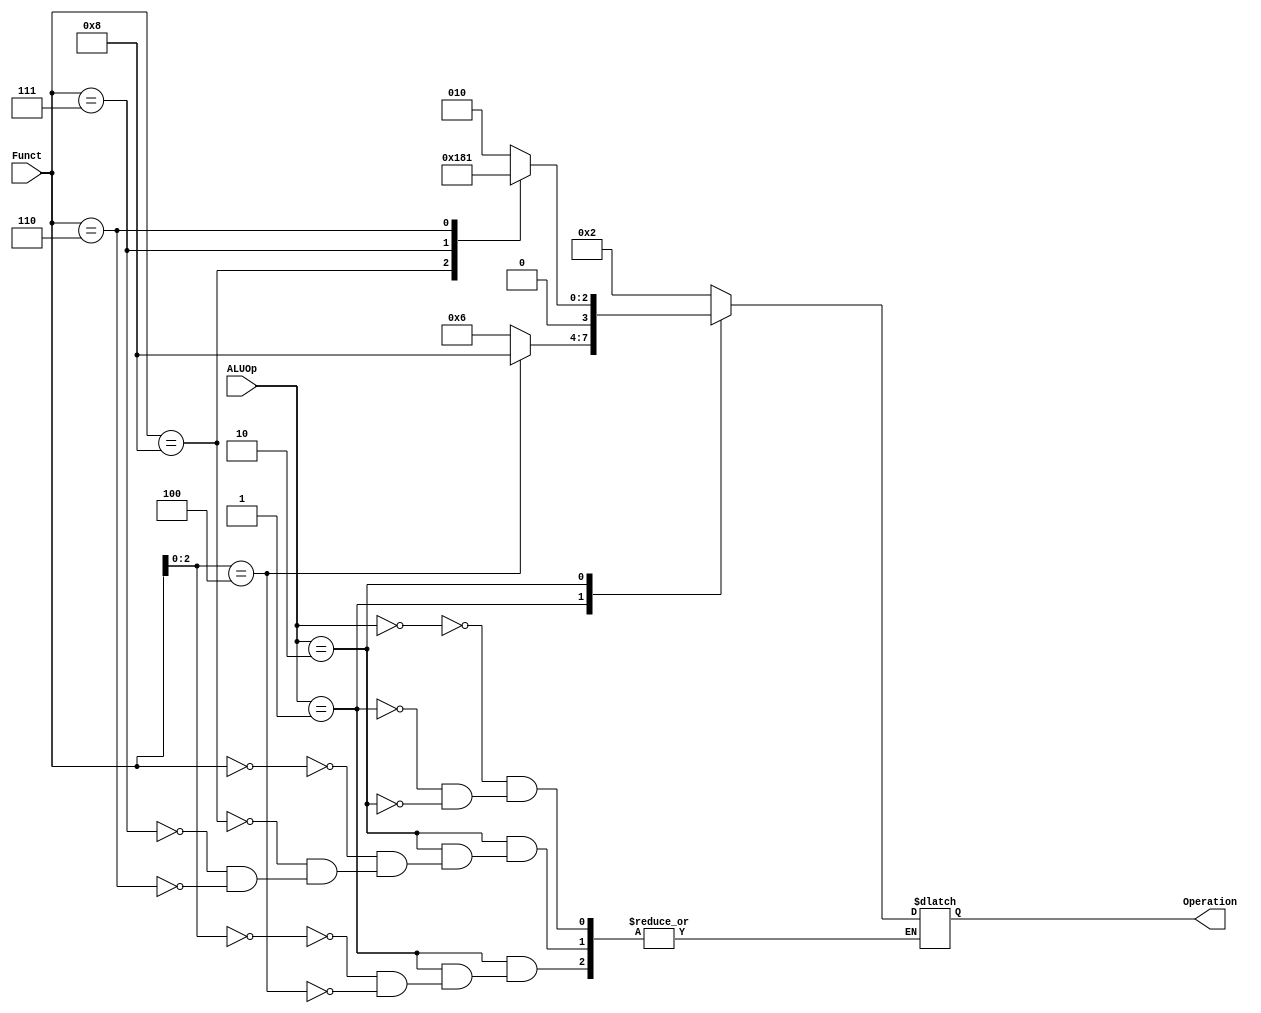
`timescale 1ns / 1ps
//////////////////////////////////////////////////////////////////////////////////
// Company: 
// Engineer: 
// 
// Design Name: 
// Module Name: ALU_Control
// Project Name: 
// Target Devices: 
// Tool Versions: 
// Description: 
// 
// Dependencies: 
// 
// Revision:
// Revision 0.01 - File Created
// Additional Comments:
// 
//////////////////////////////////////////////////////////////////////////////////


module ALU_Control(
	input [1:0] ALUOp, 
	input [3:0] Funct,
	output reg [3:0] Operation
);

	always @ (ALUOp or Funct)
	begin
		case(ALUOp)
			2'b00: Operation = 4'b0010;
			2'b01: 
			begin
			case(Funct[2:0])
				3'b000: Operation = 4'b0110;
				3'b100: Operation = 4'b1000;
			endcase
            end
			2'b10:
			begin 
			case(Funct)
				4'b0000: Operation = 4'b0010;
				4'b1000: Operation = 4'b0110;
				4'b0111: Operation = 4'b0000;
				4'b0110: Operation = 4'b0001;
			endcase
			end
		endcase
	end
	
endmodule